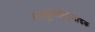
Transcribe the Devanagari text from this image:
हाइड्रॉक्सीबेंजोइक